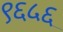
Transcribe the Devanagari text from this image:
९६५६